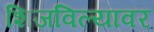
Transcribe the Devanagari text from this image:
शिजविल्यावर